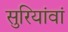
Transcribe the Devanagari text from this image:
सुरियांवां